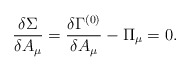
\begin{align*}\frac{\delta \Sigma}{\delta A_\mu} =\frac{\delta \Gamma^{(0)}}{\delta A_\mu} - \Pi_\mu = 0.\end{align*}